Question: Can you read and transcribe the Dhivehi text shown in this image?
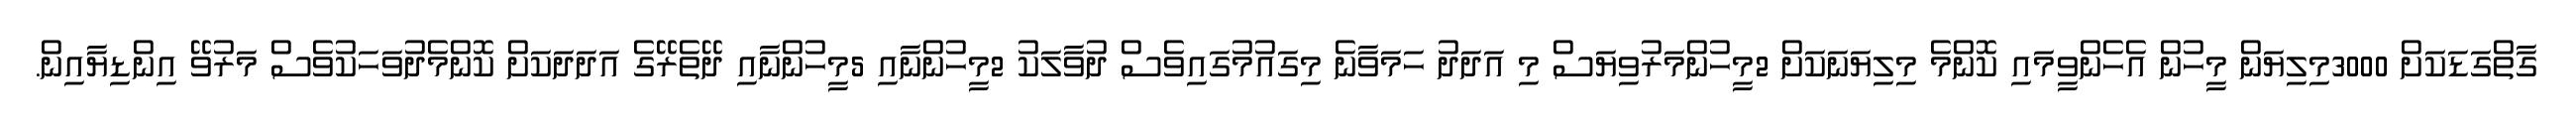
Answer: ގާތްގަޑަކަށް 3000މިލިޔަން މީހުން އެހެންވީމައި ކޮންމެ މިލިޔަނަކަށް 2މީހުންމަރުވިޔަސް މި އަދަދު ހަމަވާނެ މިގައުމުގައިވެސް ދުވާލަކު 2މީހުންނާއި 5މީހުންނާއި ދޭތެރޭގެ އަދަދަކަށް ކޮންމެދުވަހަކުވެސް މަރުވޭ އިންޑިޔާއިން.